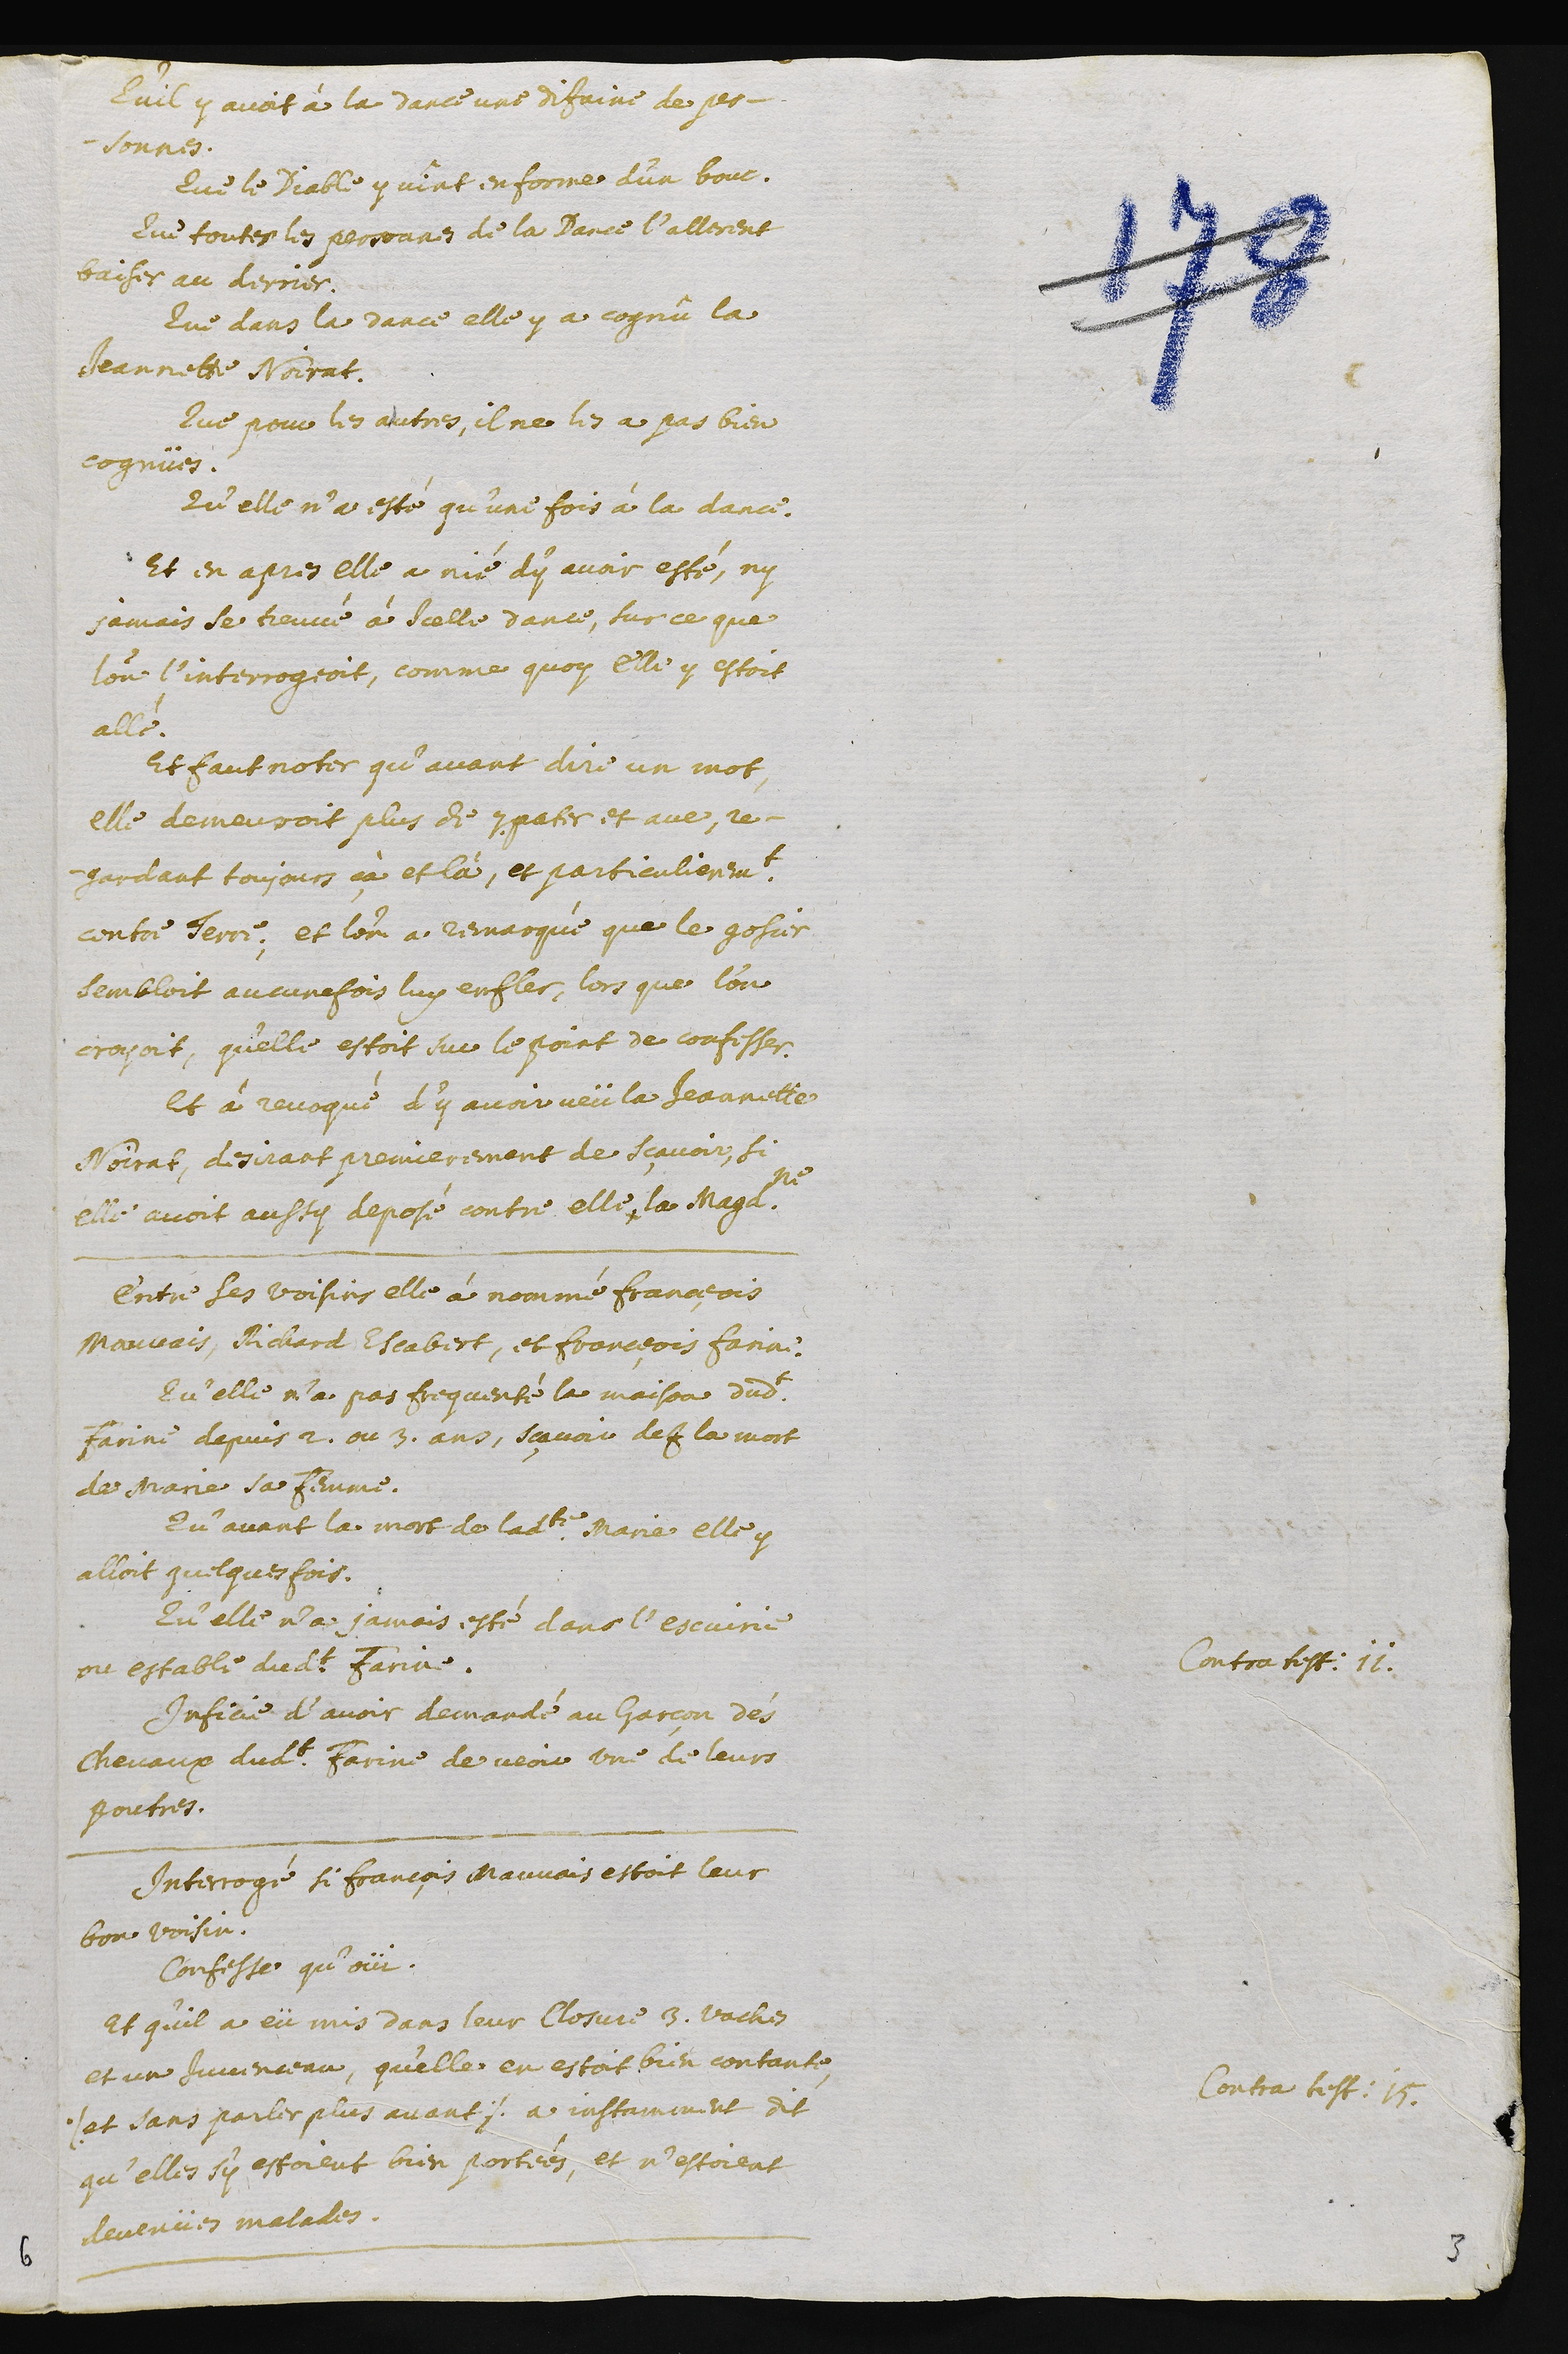
Qu’il y avoit à la dance une dizaine de per-
-sonnes.
Que le Diable y vint en forme d’un bouc.
Que toutes les peronnes de la Dance l’allerent
baiser au derrier.
Que dans la dance elle y a cognû la
Jeannette Noirat.
Que pour les autres, il ne les a pas bien
cognües.
Qu’elle n’a esté qu’une fois à la dance.
Et en apres elle a nié d’y avoir esté, ny
jamais se trouvé à icelle dance, sur ce que
l’on l’interrogeoit, comme quoy elle y estoit
allé.
Et faut noter qu’avant dire un mot,
elle demeuroit plus de 7. pater et ave, re-
gardant toujours çà et là, et particulierement
contre terre ; et l’on a remarqué que le gosier
sembloit aucune fois luy enfler, lors que l’on
croyoit, qu’elle estoit sur le point de confesser.
Et à revoqué d’y avoir veü la Jeannette
Noirat, desirant premierement de sçavoir, si
Elle avoit aussy deposé contre elle la Magdeleine.
Entre ses voisins elle à nommé François
Mauvais, Richard Escabert, et François Farine.
Qu’elle n’a pas frequenté la maison dudit
Farine depuis 2. ou 3. ans, sçavoir dez la mort
de Marie sa femme.
Qu’avant la mort de ladite Marie elle y
alloit quelques fois.
Qu’elle n’a jamais esté dans l’escuirie
ou estable dudit Farine.
Contra testimonium 11.
Inficie d’avoir demandé au garçon des
chevaux dudit Farine de veoir une de leurs
poutres.
Contre testimonium 15.
Interrogé si François Mauvais estoit leur
bon voisin.
Confesse qu’oüi.
Et qu’il a eü mis dans leur closure 3. vaches
et un juvenceau, qu’elle en estoit bien contante,
./ et sans parler plus avant /. a instamement dit
qu’elles s’y estoient bien portées, et n’estoient
devenües malades.